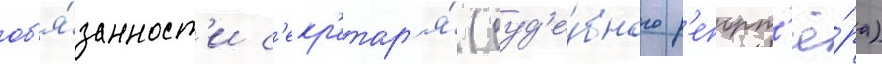
об'я́занност'и с'екр'етар'я́ (суд'е́бного р'епорт'ё́ра)